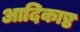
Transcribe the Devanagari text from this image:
आदिकाष्ठ